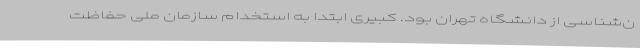
ن‌شناسی از دانشگاه تهران بود. کبیری ابتدا به استخدام سازمان ملی حفاظت